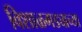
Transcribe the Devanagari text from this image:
विशाळगड्याच्या